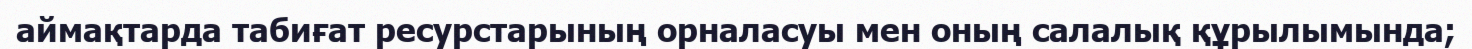
аймақтарда табиғат ресурстарының орналасуы мен оның салалық құрылымында;